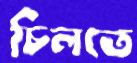
চিলতে